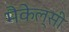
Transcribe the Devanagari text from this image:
मैकेल्सी